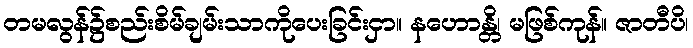
တမလွန်၌စည်းစိမ်ချမ်းသာကိုပေးခြင်းငှာ။ နဟောန္တိ၊ မဖြစ်ကုန်။ ဇာတီပိ၊